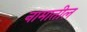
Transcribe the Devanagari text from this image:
नामातील